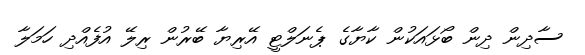
ސާދިން ދިން ބޯޅައަކުން ކާޔާގެ ޕެނަލްޓީ އޭރިޔާ ބޭރުން ރިލޭ އުފެއްދި ހަމަލާ